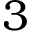
3